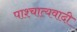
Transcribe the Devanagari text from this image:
पाश्चात्यवादी